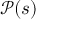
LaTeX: { \mathcal { P } } ( s )